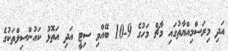
އަދި މިރަސްމިއްޔާތުގައި މާޗް މަހުގެ 9-10 ބޭއްވި ސިޓީ އަދި އަތޮޅު ކައުންސިލްތަކުގެ